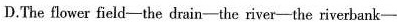
D.The flower fiold-the drin-the river-the rverbaak-